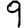
Digit: 9